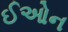
ઈઓન